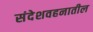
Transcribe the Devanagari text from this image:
संदेशवहनातील